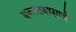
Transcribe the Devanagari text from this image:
एकांतवासाचे